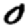
Digit: 0